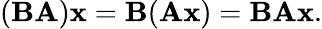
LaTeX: (\mathbf{BA})\mathbf{x}=\mathbf{B}(\mathbf{Ax})=\mathbf{BAx}.